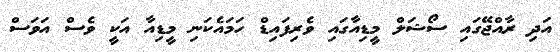
އަދި ރާއްޖޭގައި ސޯޝަލް މީޑިއާގައި ވެރިފައިޑް ހަމައެކަނި މީޑިއާ އަކީ ވެސް އަވަސް